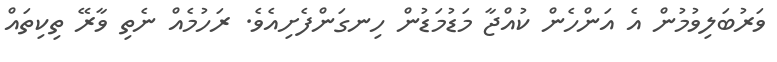
ވަރުބަލިވުމުން އެ އަންހެން ކުއްޖާ މަޑުމަޑުން ހިނގަންފެށިއެވެ. ރަހުމެއް ނެތި ވާރޭ ތިކިތައް